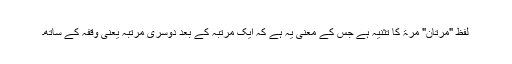
لفظ "مرتان" مرۃ کا تثنیہ ہے جس کے معنی یہ ہے کہ ایک مرتبہ کے بعد دوسری مرتبہ یعنی وقفہ کے ساتھ۔